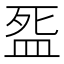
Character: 𭮓